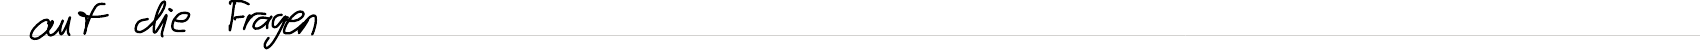
auf die Fragen